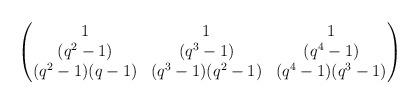
LaTeX: \begin{align*}\begin{pmatrix}1 & 1 & 1 \\(q^{2}-1) & (q^{3}-1)& (q^{4}-1)\\(q^{2}-1)(q-1) & (q^{3}-1)(q^{2}-1) & (q^{4}-1)(q^{3}-1)\end{pmatrix}\end{align*}